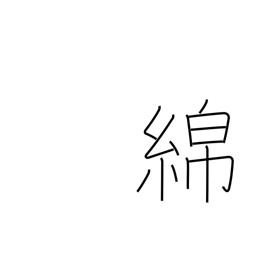
Meaning: cotton